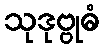
သုဒုဗ္ဗုဓံ